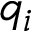
q _ { i }